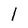
Character: I